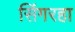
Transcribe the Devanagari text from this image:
सिंगरहा